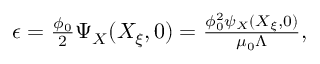
\begin{array} { r } { \epsilon = \frac { \phi _ { 0 } } { 2 } \Psi _ { X } ( X _ { \xi } , 0 ) = \frac { \phi _ { 0 } ^ { 2 } \psi _ { X } ( X _ { \xi } , 0 ) } { \mu _ { 0 } \Lambda } , } \end{array}